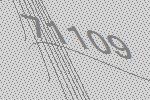
71109